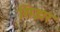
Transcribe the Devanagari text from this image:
सिझर